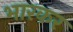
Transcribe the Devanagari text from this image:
भारकर